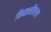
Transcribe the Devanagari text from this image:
किसनीकरण